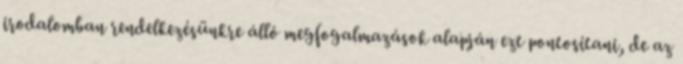
irodalomban rendelkezésünkre álló megfogalmazások alapján ezt pontosítani, de az